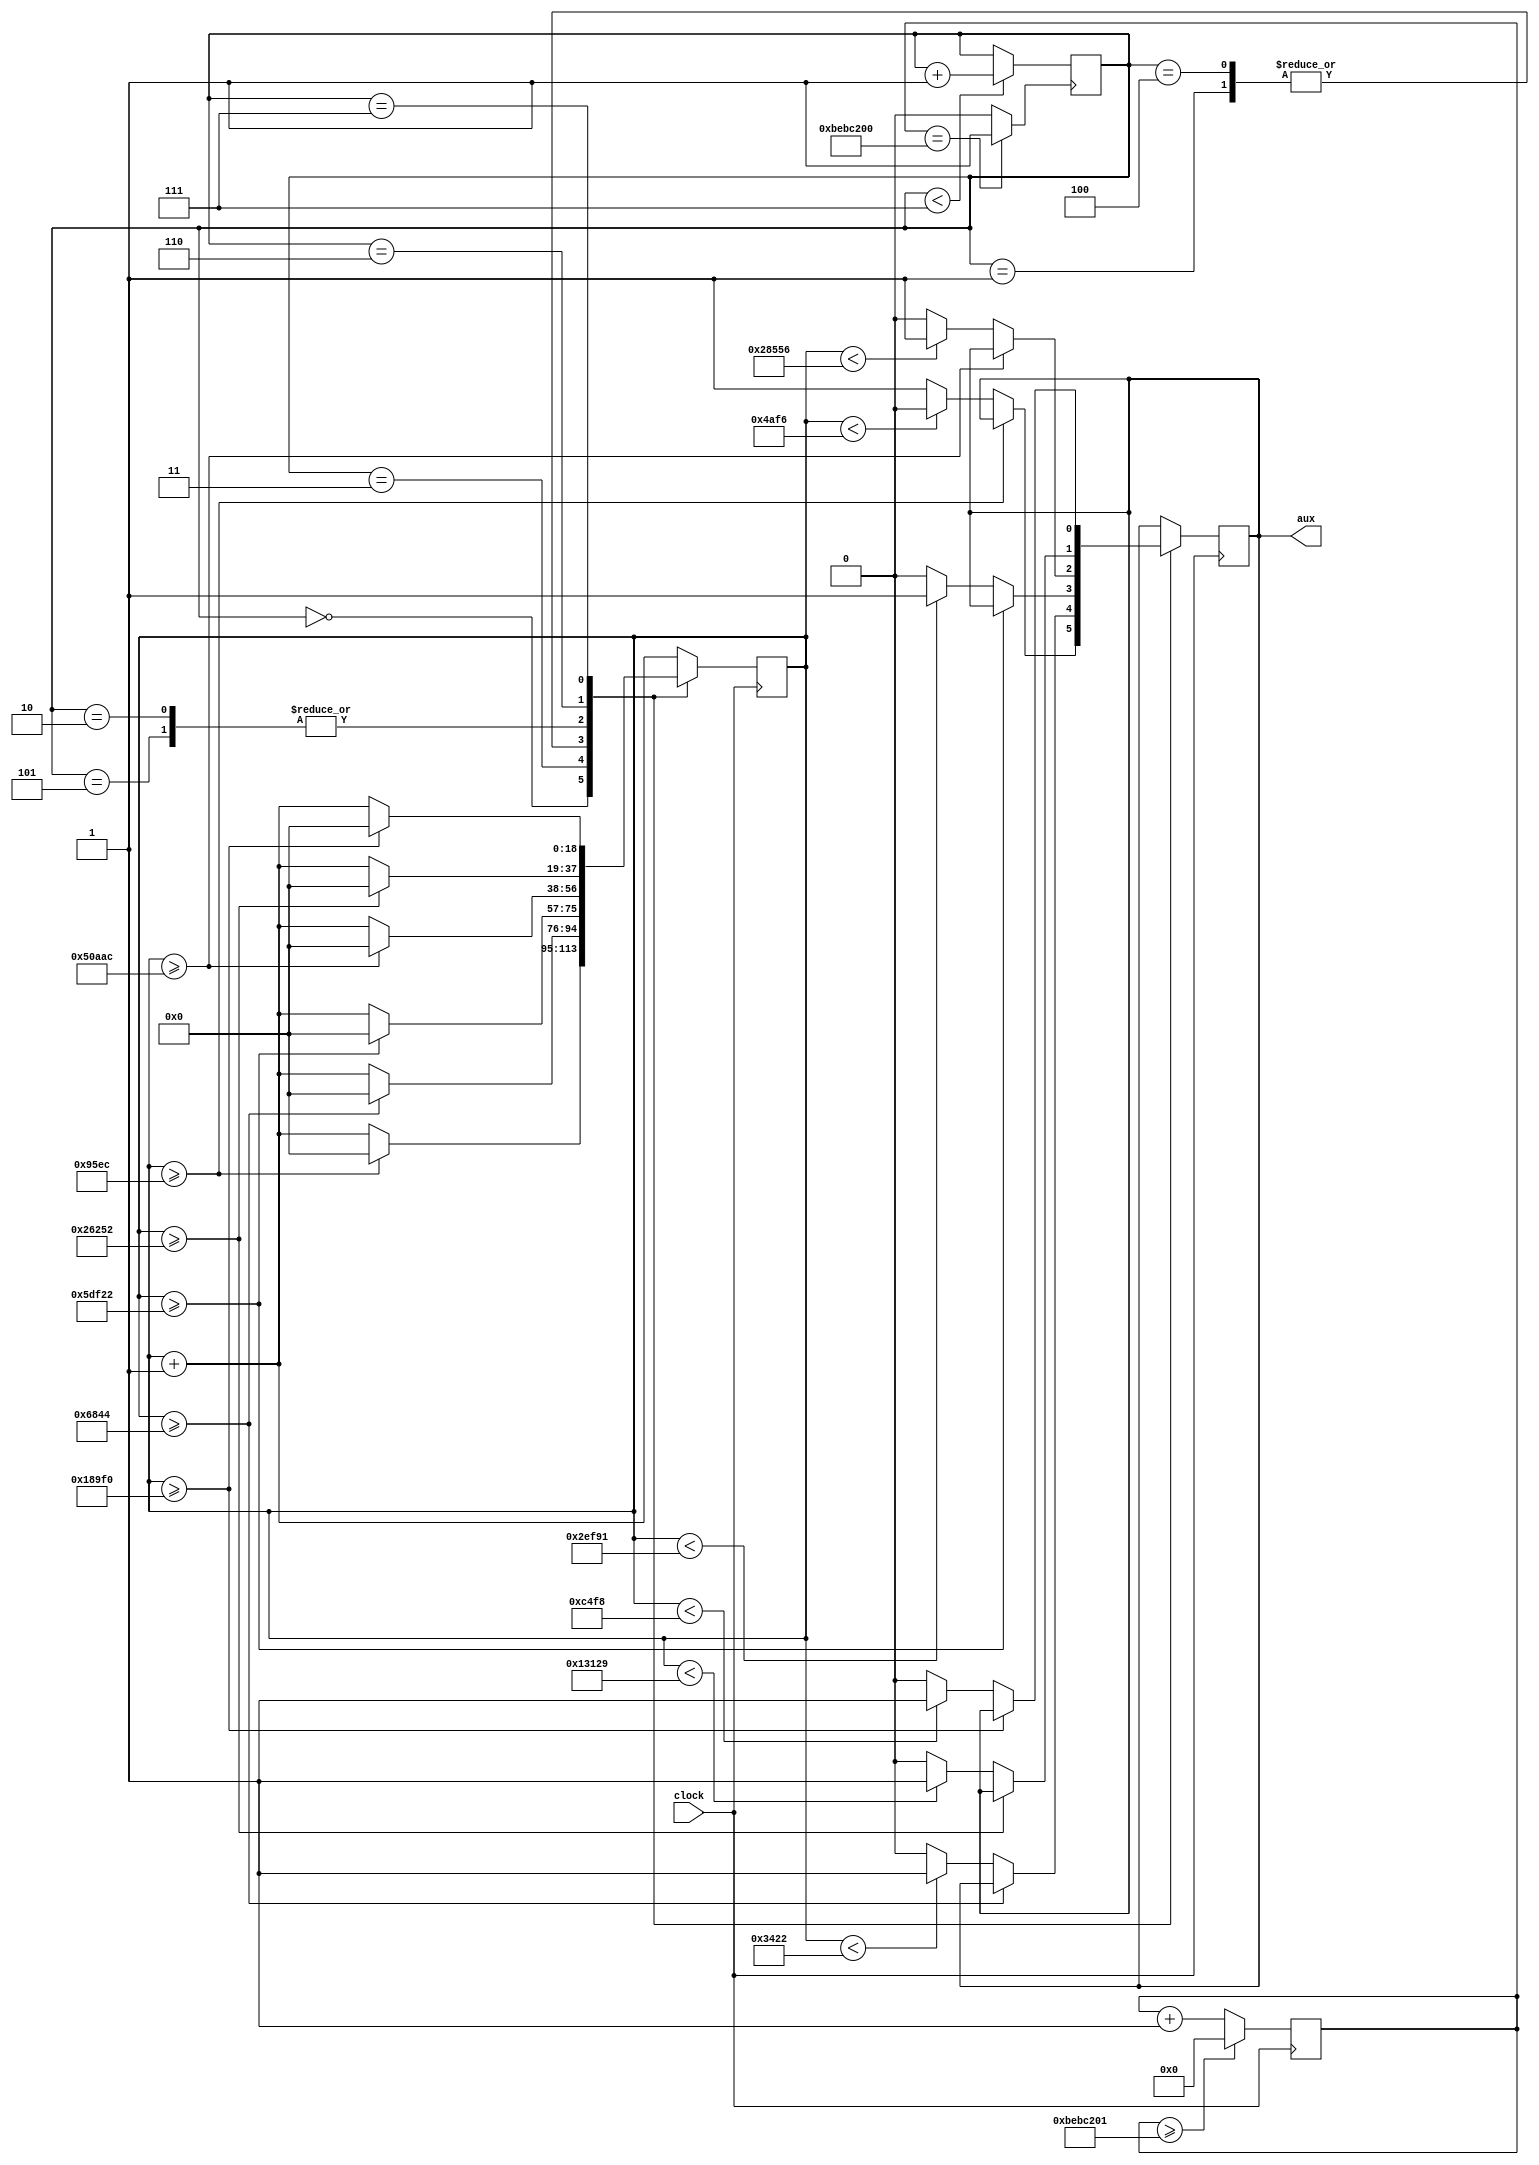
module Melodia2(
		input clock, 
		output reg aux);


reg[27:0] C_CHG = 28'd0; 
reg[18:0] C_NOTA = 19'd0; 
reg[8:0] PASA_NOTA; 

wire clock_CHG;
parameter DIV_CHG = 28'd200000000,
			 DIV_FA = 19'd1086957, 
			 DIV_LA = 19'd909091, 
			 DIV_La = 19'd854701, 
			 DIV_Fa = 19'd1075269, 
			 DIV_MI = 19'd1204819, 
			 DIV_FA1 = 19'd1149425; 
					 

always @(posedge clock)
begin
 	
 C_CHG <= C_CHG + 28'd1;
 C_NOTA <= C_NOTA + 19'd1;
 
  
	if(C_CHG>=(DIV_CHG+1))
		begin C_CHG <= 28'd0; end
		
 case (PASA_NOTA)
  
	3'd0: begin
				
			if(C_NOTA >=(DIV_FA-1))
				begin C_NOTA <= 9'd0; end
			else if (C_NOTA < (DIV_FA/2))
				begin aux = 0; end 
			else 
				begin aux = 1; end 
			
			end
	3'd1: begin
				
				if(C_NOTA >=(DIV_LA-1))
				begin C_NOTA <= 9'd0; end
			else if (C_NOTA < (DIV_LA/2))
				begin aux = 1; end 
			else 
				begin aux = 0; end 
			
			
		end
	
	3'd2: begin
				
			if(C_NOTA >=(DIV_La-1))
				begin C_NOTA <= 9'd0; end
			else if (C_NOTA < (DIV_La/2))
				begin aux = 1; end 
			else 
				begin aux = 0; end 
			
			
		end
		3'd3: begin
				
			if(C_NOTA >=(DIV_Fa-1))
				begin C_NOTA <= 9'd0; end
			else if (C_NOTA < (DIV_Fa/2))
				begin aux = 1; end 
			else 
				begin aux = 0; end 
			
			
		end
		3'd4: begin
				
			if(C_NOTA >=(DIV_LA-1))
				begin C_NOTA <= 9'd0; end
			else if (C_NOTA < (DIV_LA/2))
				begin aux = 1; end 
			else 
				begin aux = 0; end 
			
			
		end
		3'd5: begin
				
			if(C_NOTA >=(DIV_La-1))
				begin C_NOTA <= 9'd0; end
			else if (C_NOTA < (DIV_La/2))
				begin aux = 1; end 
			else 
				begin aux = 0; end 
			
			
		end
		3'd6: begin
				
			if(C_NOTA >=(DIV_MI-1))
				begin C_NOTA <= 9'd0; end
			else if (C_NOTA < (DIV_MI/2))
				begin aux = 1; end 
			else 
				begin aux = 0; end 
			
			
		end
		3'd7: begin
				
			if(C_NOTA >=(DIV_FA1-1))
				begin C_NOTA <= 9'd0; end
			else if (C_NOTA < (DIV_FA1/2))
				begin aux = 1; end 
			else 
				begin aux = 0; end 
			
			
		end
	
 endcase;
end

assign clock_CHG = (C_CHG == DIV_CHG)? 1'b1 : 1'b0;

always @(posedge clock_CHG)
	begin
		if (PASA_NOTA < 3'd7)
			PASA_NOTA <= PASA_NOTA + 3'd1;
		end

endmodule